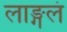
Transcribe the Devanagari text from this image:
लाङ्गलं